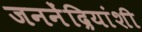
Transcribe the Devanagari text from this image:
जननेंद्रियांशी